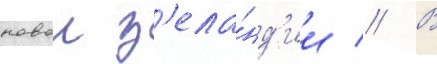
новои з'ела́нд'ии // В